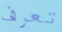
تعرف